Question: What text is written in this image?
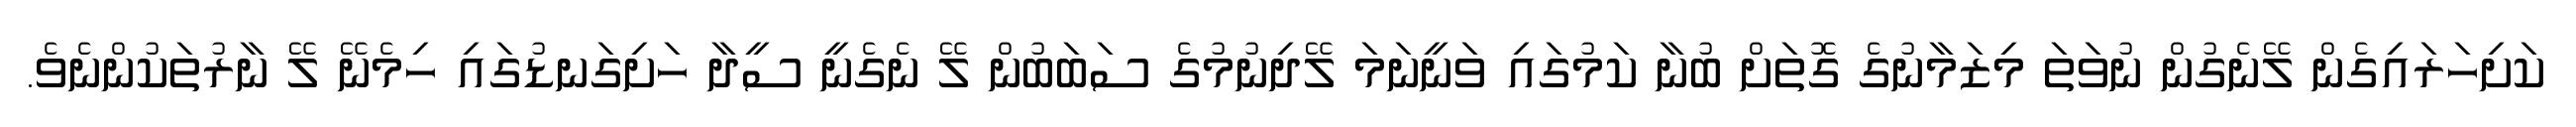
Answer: ކަށިހަރައިގެން ލޭނެގުން ނުވަތަ މިޒަމާނުގެ ގޮތަށް ބުނާ ކަމުގައި ވަނީނަމަ ލޭދިނުމުގެ ސަބަބުން ލޭ ނެގެނީ ސީދާ ހަށިގަނޑުގައި ހިމެނޭ ލޭ ނާރުތަކުންނެވެ.